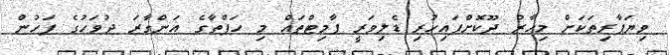
ވިޔަފާރިތަކަށް މިހާރު ދޫކޮށްފައިހުރި ޑެލިވަރީ ޕާމިޓްތައް މި ހަފްތާގެ އަންގާރަ ދުވަހުގެ ފަހުން